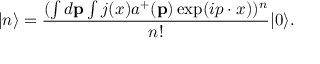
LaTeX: | n \rangle = \frac { ( \int d { \bf p } \int j ( x ) a ^ { + } ( { \bf p } ) \exp ( i p \cdot x ) ) ^ { n } } { n ! } | 0 \rangle .